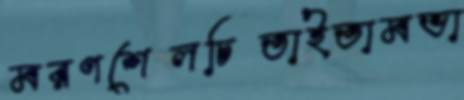
মরণশেলচিতাইতামভা